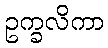
ဥက္ခလိကာ